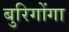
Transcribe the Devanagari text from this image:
बुरिगोंगा